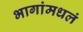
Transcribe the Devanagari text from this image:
भागांमधलं